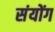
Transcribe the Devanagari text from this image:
संयोंग